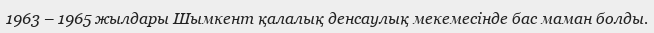
1963 – 1965 жылдары Шымкент қалалық денсаулық мекемесінде бас маман болды.